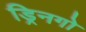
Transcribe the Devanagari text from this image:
ड्रिनगो